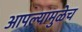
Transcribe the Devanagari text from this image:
आपल्यामुळेच